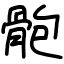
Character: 骲